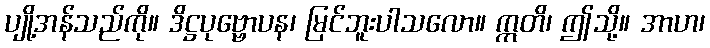
ပျို့အန်သည်ကို။ ဒိဋ္ဌပုဗ္ဗောပန၊ မြင်ဘူးပါသလော။ ဣတိ၊ ဤသို့။ အာဟ၊